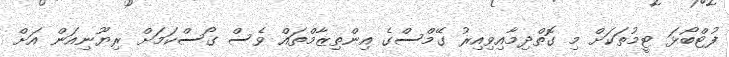
ފުޓްބޯޅަ ޓީމުތަކަށް މި ގޮތްދިމާއިވިއިރު ގޭމްސްގެ އިންތިޒާމްތައް ވެސް ގޯސްކަމަށް ރިޔޫނިއަން އަށް